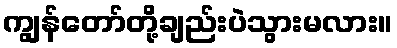
ကျွန်တော်တို့ချည်းပဲသွားမလား။